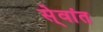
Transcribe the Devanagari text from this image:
से्वांत